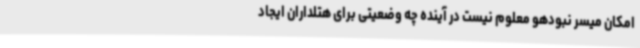
امکان میسر نبودهو معلوم نیست در آینده چه وضعیتی برای هتلداران ایجاد